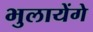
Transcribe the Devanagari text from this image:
भुलायेंगे